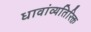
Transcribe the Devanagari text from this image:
धावांव्यतिरिक्त